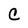
Character: C